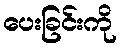
ပေးခြင်းကို